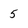
Character: 5